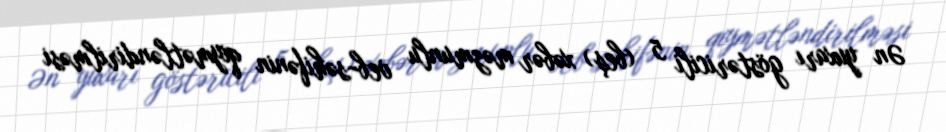
Ən yuxarı göstəricili 5 (beş) xəbər məzmunlu veb-səhifənin qiymətləndirilməsi